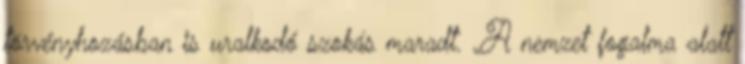
törvényhozásban is uralkodó szokás maradt. „A nemzet fogalma alatt